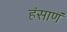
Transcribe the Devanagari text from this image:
हंसाणं